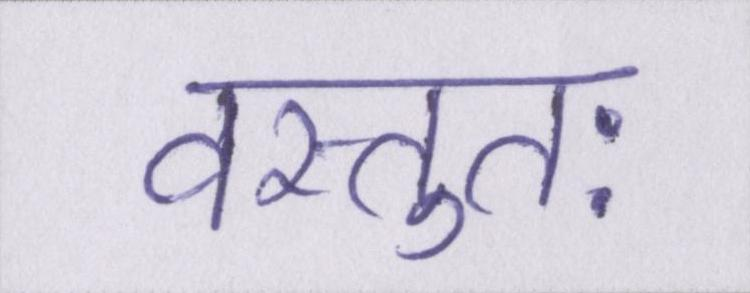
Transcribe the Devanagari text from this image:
वस्तुतः